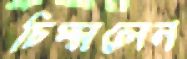
চিম্‌সলেন